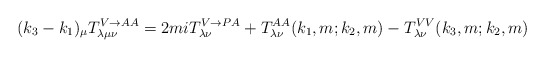
\begin{align*}(k_{3}-k_{1})_{\mu }T_{\lambda \mu \nu }^{V\rightarrow AA}=2miT_{\lambda \nu}^{V\rightarrow PA}+T_{\lambda \nu }^{AA}(k_{1},m;k_{2},m)-T_{\lambda \nu}^{VV}(k_{3},m;k_{2},m)\end{align*}